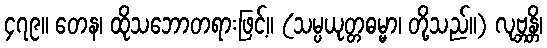
၄၇၉။ တေန၊ ထိုသဘောတရားဖြင့်။ (သမ္ပယုတ္တဓမ္မာ၊ တို့သည်။) လုဗ္ဘန္တိ၊